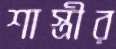
শাস্ত্রীর